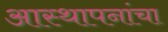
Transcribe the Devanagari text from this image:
आस्थापनांचा